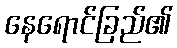
နေရောင်ခြည်၏